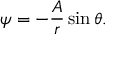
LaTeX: \psi = - { \frac { A } { r } } \sin \theta .